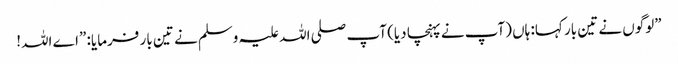
”لوگوں نے تین بار کہا: ہاں (آپ نے پہنچا دیا) آپ صلی اللہ علیہ وسلم نے تین بار فرمایا: ”اے اللہ!